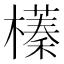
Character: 𣝾